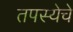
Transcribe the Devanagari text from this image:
तपस्येचे